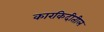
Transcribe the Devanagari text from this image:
कारकिदीतील